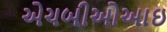
એચબીઓઆઇ